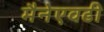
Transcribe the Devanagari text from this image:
मैनेएवढी